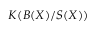
K ( B ( X ) / S ( X ) )